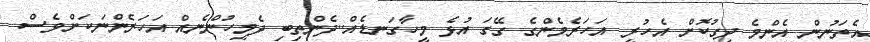
އެތަނުން އެންމެ ދިގުކޮށް އެހުރީ އަހަރެމެންގެ ގޭގަ އުޅެ މީހާގަނޑެއް..ދެންތިބި ދެމީހުންނެއް އަހަރެންނަކަށްވެސް